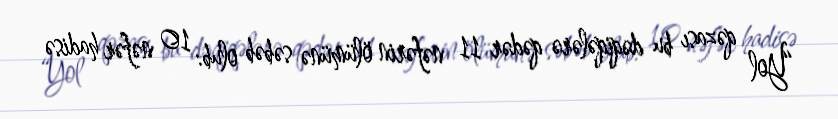
“Yol qəzası bu dəqiqələrə qədər 11 nəfərin ölümünə səbəb olub: 10 nəfər hadisə